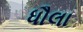
ધૌલા